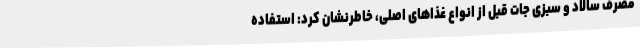
مصرف سالاد و سبزی جات قبل از انواع غذاهای اصلی، خاطرنشان کرد: استفاده